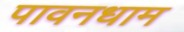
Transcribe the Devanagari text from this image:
पावनधाम